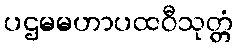
ပဌမမဟာပထဝီသုတ္တံ